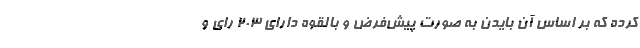
کرده که بر اساس آن بایدن به صورت پیش‌فرض و بالقوه دارای ۲۰۳ رای و